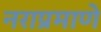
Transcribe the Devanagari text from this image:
नराप्रमाणे